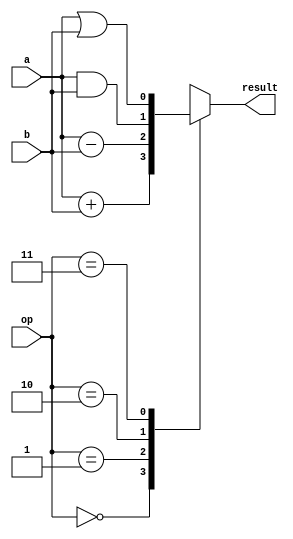
module ALU (
    input wire [1:0] op,
    input wire a,
    input wire b,
    output reg result
);

always @ (*) begin
    case(op)
        2'b00: result = a + b; // addition
        2'b01: result = a - b; // subtraction
        2'b10: result = a & b; // AND
        2'b11: result = a | b; // OR
    endcase
end

endmodule